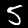
Digit: 5